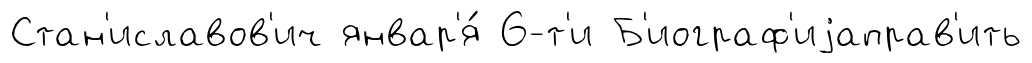
Стан'иславов'ич январ'я́ 6-т'и Б'иограф'иjаправ'ить